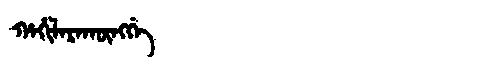
Manchu: ᡥᠠᡥᡳᠯᠠᡵᠠᡴᡡᠩᡤᡝ
Romanization: HAHILARAKŪNGGE